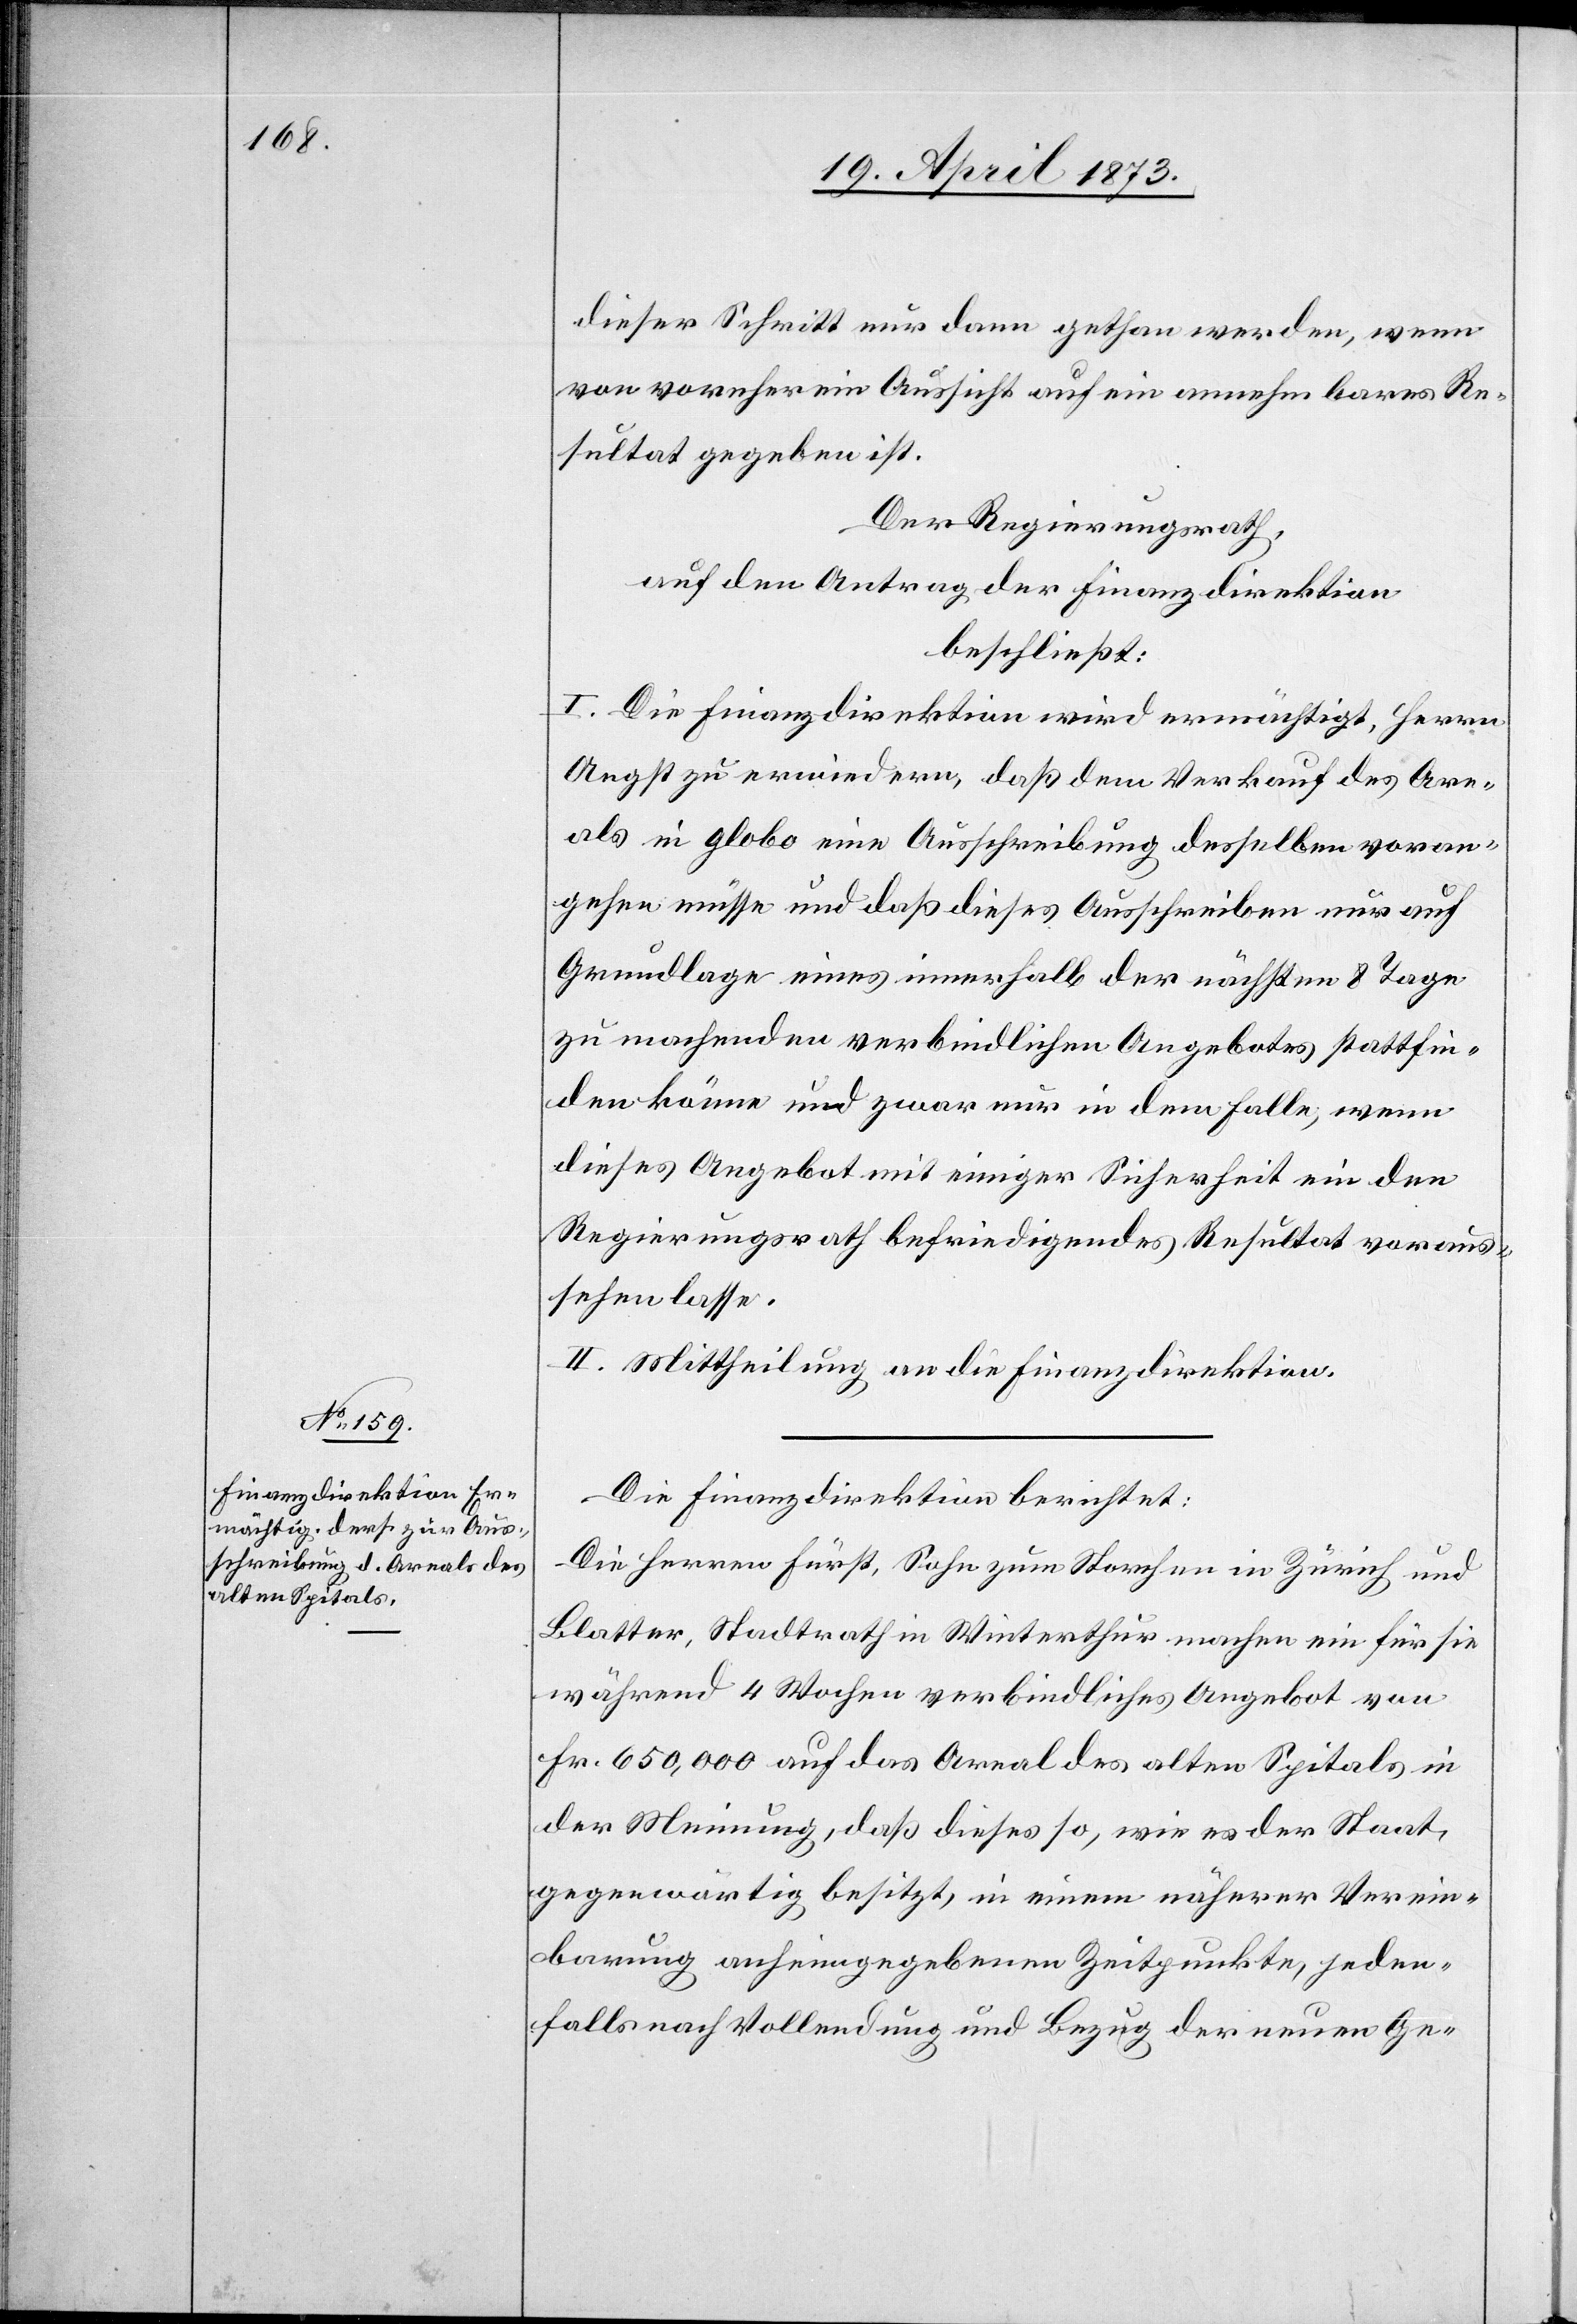
dieser Schritt nur dann gethan werden, wenn
von vornherein Aussicht auf ein annehmbares Re¬
sultat gegeben ist.
Der Regierungsrath,
auf den Antrag der Finanzdirektion
beschließt:
I. Die Finanzdirektion wird ermächtigt, Herrn
Angst zu erwiedern, daß dem Verkauf des Are¬
als in globo eine Ausschreibung desselben voran¬
gehen müsse und daß dieses Ausschreiben nur auf
Grundlage eines innerhalb der nächsten 8 Tage
zu machenden verbindlichen Angebotes stattfin¬
den könne und zwar nur in dem Falle, wenn
dieses Angebot mit einiger Sicherheit ein den
Regierungsrath befriedigendes Resultat voraus¬
sehen lasse.
II. Mittheilung an die Finanzdirektion.
Die Finanzdirektion berichtet:
Die Herren Fürst, Sohn zum Storchen in Zürich und
Blatter, Stadtrath in Winterthur machen ein für sie
während 4 Wochen verbindliches Angebot von
Fr. 650,000 auf das Areal des alten Spitals in
der Meinung, daß dieses so, wie es der Staat
gegenwärtig besitzt, in einem näherer Verein¬
barung anheimgegebenen Zeitpunkte, jeden¬
falls nach Vollendung und Bezug der neuen Ge-